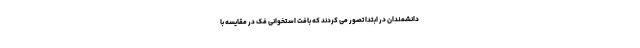
دانشمندان در ابتدا تصور می کردند که بافت استخوانی فک در مقایسه با